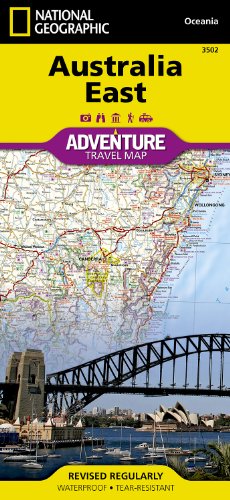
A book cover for Australia East (National Geographic Adventure Map); National Geographic Maps - Adventure; Travel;